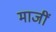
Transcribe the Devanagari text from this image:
माजीं